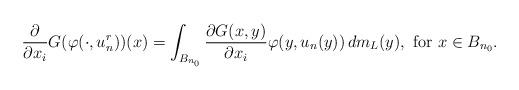
LaTeX: \begin{align*}\frac{\partial}{\partial x_i} G (\varphi(\cdot,u^r_n))(x) = \int_{B_{n_0}} \frac{\partial G (x,y)}{\partial x_i} \varphi(y,u_n(y)) \,{ dm_L(y)}, \hbox{ for }x\in {B_{n_0}}.\end{align*}